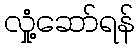
လှုံ့ဆော်ရန်